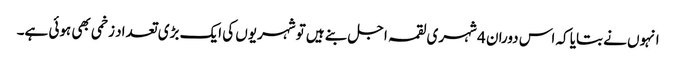
انہوں نے بتایا کہ اس دوران 4 شہری لقمہ اجل بنے ہیں تو شہریوں کی ایک بڑی تعداد زخمی بھی ہوئی ہے۔